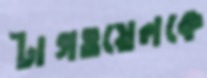
টাগওয়েলকে